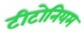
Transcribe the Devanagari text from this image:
टीटोनियम